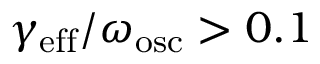
\gamma _ { \mathrm { e f f } } / \omega _ { \mathrm { o s c } } > 0 . 1